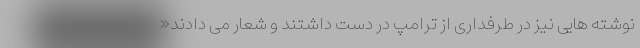
نوشته هایی نیز در طرفداری از ترامپ در دست داشتند و شعار می دادند«